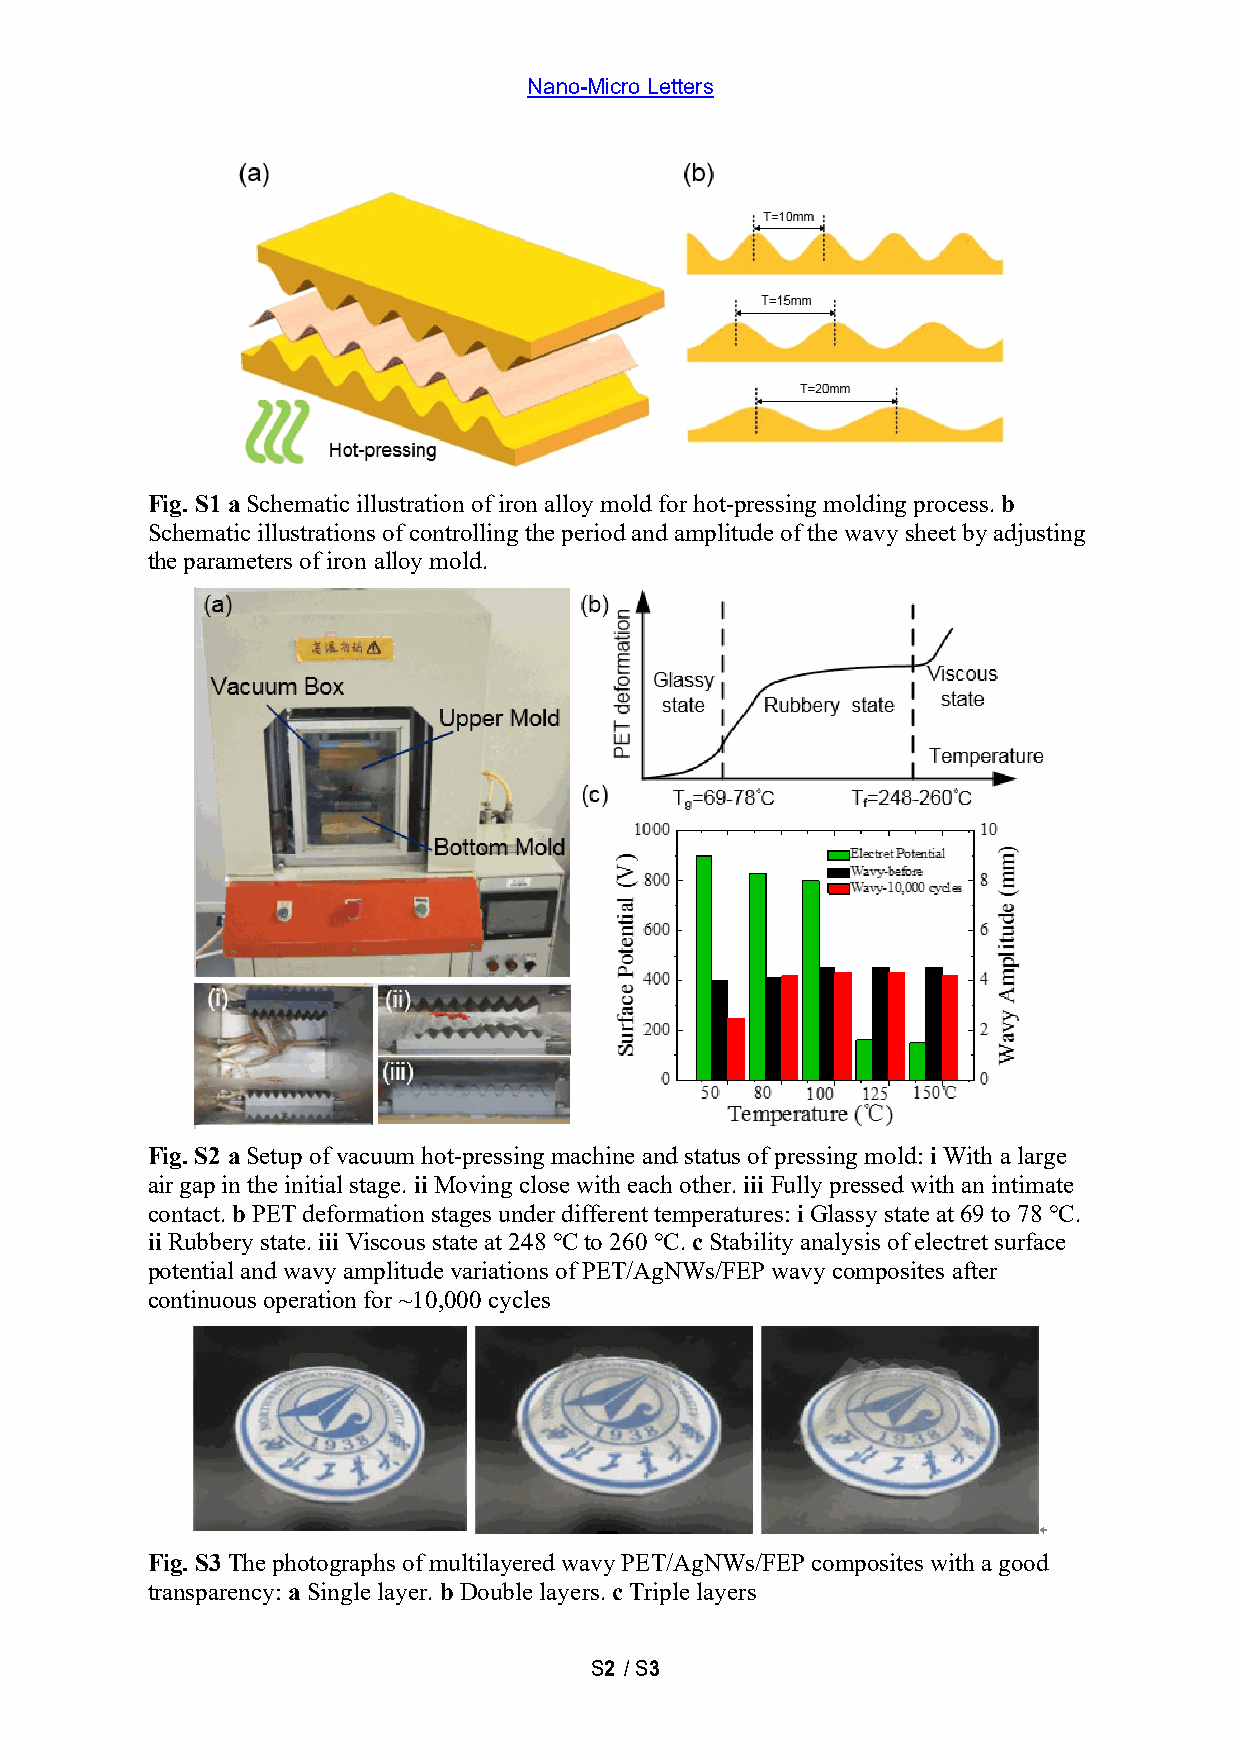
Nano-Micro Letters
 Fig. S1 a Schematic illustration of iron alloy mold for hot-pressing molding process. b
 Schematic illustrations of controlling the period and amplitude of the wavy sheet by adjusting
 the parameters of iron alloy mold.
 Fig. S2 a Setup of vacuum hot-pressing machine and status of pressing mold: i With a large
 air gap in the initial stage. ii Moving close with each other. iii Fully pressed with an intimate
 contact. b PET deformation stages under different temperatures: i Glassy state at 69 to 78 ℃.
 ii Rubbery state. iii Viscous state at 248 ℃ to 260 ℃. c Stability analysis of electret surface
 potential and wavy amplitude variations of PET/AgNWs/FEP wavy composites after
 continuous operation for ~10,000 cycles
 Fig. S3 The photographs of multilayered wavy PET/AgNWs/FEP composites with a good
 transparency: a Single layer. b Double layers. c Triple layers
 S2 / S3